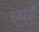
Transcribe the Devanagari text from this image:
एअरशी